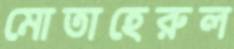
মোতাহেরুল